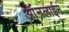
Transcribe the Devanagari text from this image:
ऑंनलाईन